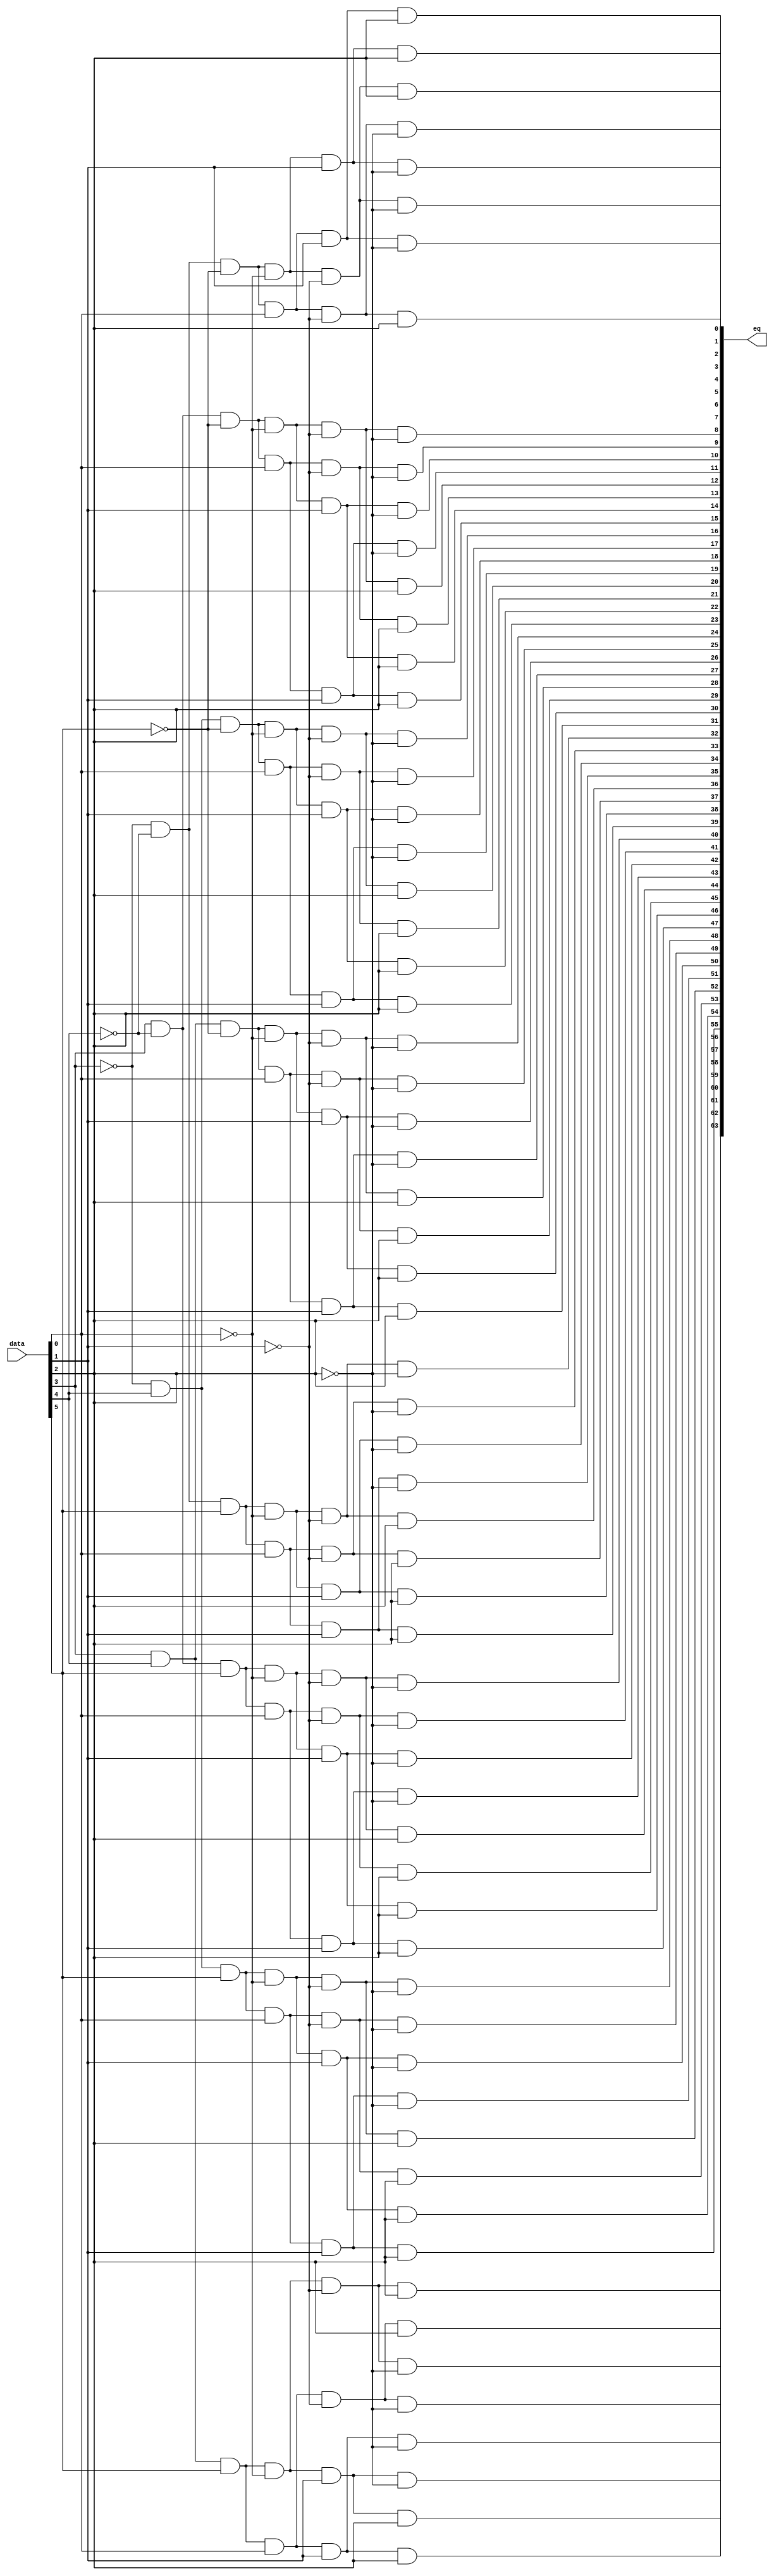
module  alt_mem_ddrx_ecc_decoder_32_decode
	(
	data,
	eq) /* synthesis synthesis_clearbox=1 */;
	input   [5:0]  data;
	output   [63:0]  eq;
`ifndef ALTERA_RESERVED_QIS
// synopsys translate_off
`endif
	tri0   [5:0]  data;
`ifndef ALTERA_RESERVED_QIS
// synopsys translate_on
`endif
	wire  [5:0]  data_wire;
	wire  [63:0]  eq_node;
	wire  [63:0]  eq_wire;
	wire  [3:0]  w_anode1000w;
	wire  [3:0]  w_anode1010w;
	wire  [3:0]  w_anode1020w;
	wire  [3:0]  w_anode1030w;
	wire  [3:0]  w_anode1041w;
	wire  [3:0]  w_anode1053w;
	wire  [3:0]  w_anode1064w;
	wire  [3:0]  w_anode1074w;
	wire  [3:0]  w_anode1084w;
	wire  [3:0]  w_anode1094w;
	wire  [3:0]  w_anode1104w;
	wire  [3:0]  w_anode1114w;
	wire  [3:0]  w_anode1124w;
	wire  [3:0]  w_anode1135w;
	wire  [3:0]  w_anode1147w;
	wire  [3:0]  w_anode1158w;
	wire  [3:0]  w_anode1168w;
	wire  [3:0]  w_anode1178w;
	wire  [3:0]  w_anode1188w;
	wire  [3:0]  w_anode1198w;
	wire  [3:0]  w_anode1208w;
	wire  [3:0]  w_anode1218w;
	wire  [3:0]  w_anode464w;
	wire  [3:0]  w_anode482w;
	wire  [3:0]  w_anode499w;
	wire  [3:0]  w_anode509w;
	wire  [3:0]  w_anode519w;
	wire  [3:0]  w_anode529w;
	wire  [3:0]  w_anode539w;
	wire  [3:0]  w_anode549w;
	wire  [3:0]  w_anode559w;
	wire  [3:0]  w_anode571w;
	wire  [3:0]  w_anode583w;
	wire  [3:0]  w_anode594w;
	wire  [3:0]  w_anode604w;
	wire  [3:0]  w_anode614w;
	wire  [3:0]  w_anode624w;
	wire  [3:0]  w_anode634w;
	wire  [3:0]  w_anode644w;
	wire  [3:0]  w_anode654w;
	wire  [3:0]  w_anode665w;
	wire  [3:0]  w_anode677w;
	wire  [3:0]  w_anode688w;
	wire  [3:0]  w_anode698w;
	wire  [3:0]  w_anode708w;
	wire  [3:0]  w_anode718w;
	wire  [3:0]  w_anode728w;
	wire  [3:0]  w_anode738w;
	wire  [3:0]  w_anode748w;
	wire  [3:0]  w_anode759w;
	wire  [3:0]  w_anode771w;
	wire  [3:0]  w_anode782w;
	wire  [3:0]  w_anode792w;
	wire  [3:0]  w_anode802w;
	wire  [3:0]  w_anode812w;
	wire  [3:0]  w_anode822w;
	wire  [3:0]  w_anode832w;
	wire  [3:0]  w_anode842w;
	wire  [3:0]  w_anode853w;
	wire  [3:0]  w_anode865w;
	wire  [3:0]  w_anode876w;
	wire  [3:0]  w_anode886w;
	wire  [3:0]  w_anode896w;
	wire  [3:0]  w_anode906w;
	wire  [3:0]  w_anode916w;
	wire  [3:0]  w_anode926w;
	wire  [3:0]  w_anode936w;
	wire  [3:0]  w_anode947w;
	wire  [3:0]  w_anode959w;
	wire  [3:0]  w_anode970w;
	wire  [3:0]  w_anode980w;
	wire  [3:0]  w_anode990w;
	wire  [2:0]  w_data462w;
	assign
		data_wire = data,
		eq = eq_node,
		eq_node = eq_wire[63:0],
		eq_wire = {{w_anode1218w[3], w_anode1208w[3], w_anode1198w[3], w_anode1188w[3], w_anode1178w[3], w_anode1168w[3], w_anode1158w[3], w_anode1147w[3]}, {w_anode1124w[3], w_anode1114w[3], w_anode1104w[3], w_anode1094w[3], w_anode1084w[3], w_anode1074w[3], w_anode1064w[3], w_anode1053w[3]}, {w_anode1030w[3], w_anode1020w[3], w_anode1010w[3], w_anode1000w[3], w_anode990w[3], w_anode980w[3], w_anode970w[3], w_anode959w[3]}, {w_anode936w[3], w_anode926w[3], w_anode916w[3], w_anode906w[3], w_anode896w[3], w_anode886w[3], w_anode876w[3], w_anode865w[3]}, {w_anode842w[3], w_anode832w[3], w_anode822w[3], w_anode812w[3], w_anode802w[3], w_anode792w[3], w_anode782w[3], w_anode771w[3]}, {w_anode748w[3], w_anode738w[3], w_anode728w[3], w_anode718w[3], w_anode708w[3], w_anode698w[3], w_anode688w[3], w_anode677w[3]}, {w_anode654w[3], w_anode644w[3], w_anode634w[3], w_anode624w[3], w_anode614w[3], w_anode604w[3], w_anode594w[3], w_anode583w[3]}, {w_anode559w[3], w_anode549w[3], w_anode539w[3], w_anode529w[3], w_anode519w[3], w_anode509w[3], w_anode499w[3], w_anode482w[3]}},
		w_anode1000w = {(w_anode1000w[2] & w_data462w[2]), (w_anode1000w[1] & (~ w_data462w[1])), (w_anode1000w[0] & (~ w_data462w[0])), w_anode947w[3]},
		w_anode1010w = {(w_anode1010w[2] & w_data462w[2]), (w_anode1010w[1] & (~ w_data462w[1])), (w_anode1010w[0] & w_data462w[0]), w_anode947w[3]},
		w_anode1020w = {(w_anode1020w[2] & w_data462w[2]), (w_anode1020w[1] & w_data462w[1]), (w_anode1020w[0] & (~ w_data462w[0])), w_anode947w[3]},
		w_anode1030w = {(w_anode1030w[2] & w_data462w[2]), (w_anode1030w[1] & w_data462w[1]), (w_anode1030w[0] & w_data462w[0]), w_anode947w[3]},
		w_anode1041w = {(w_anode1041w[2] & data_wire[5]), (w_anode1041w[1] & data_wire[4]), (w_anode1041w[0] & (~ data_wire[3])), 1'b1},
		w_anode1053w = {(w_anode1053w[2] & (~ w_data462w[2])), (w_anode1053w[1] & (~ w_data462w[1])), (w_anode1053w[0] & (~ w_data462w[0])), w_anode1041w[3]},
		w_anode1064w = {(w_anode1064w[2] & (~ w_data462w[2])), (w_anode1064w[1] & (~ w_data462w[1])), (w_anode1064w[0] & w_data462w[0]), w_anode1041w[3]},
		w_anode1074w = {(w_anode1074w[2] & (~ w_data462w[2])), (w_anode1074w[1] & w_data462w[1]), (w_anode1074w[0] & (~ w_data462w[0])), w_anode1041w[3]},
		w_anode1084w = {(w_anode1084w[2] & (~ w_data462w[2])), (w_anode1084w[1] & w_data462w[1]), (w_anode1084w[0] & w_data462w[0]), w_anode1041w[3]},
		w_anode1094w = {(w_anode1094w[2] & w_data462w[2]), (w_anode1094w[1] & (~ w_data462w[1])), (w_anode1094w[0] & (~ w_data462w[0])), w_anode1041w[3]},
		w_anode1104w = {(w_anode1104w[2] & w_data462w[2]), (w_anode1104w[1] & (~ w_data462w[1])), (w_anode1104w[0] & w_data462w[0]), w_anode1041w[3]},
		w_anode1114w = {(w_anode1114w[2] & w_data462w[2]), (w_anode1114w[1] & w_data462w[1]), (w_anode1114w[0] & (~ w_data462w[0])), w_anode1041w[3]},
		w_anode1124w = {(w_anode1124w[2] & w_data462w[2]), (w_anode1124w[1] & w_data462w[1]), (w_anode1124w[0] & w_data462w[0]), w_anode1041w[3]},
		w_anode1135w = {(w_anode1135w[2] & data_wire[5]), (w_anode1135w[1] & data_wire[4]), (w_anode1135w[0] & data_wire[3]), 1'b1},
		w_anode1147w = {(w_anode1147w[2] & (~ w_data462w[2])), (w_anode1147w[1] & (~ w_data462w[1])), (w_anode1147w[0] & (~ w_data462w[0])), w_anode1135w[3]},
		w_anode1158w = {(w_anode1158w[2] & (~ w_data462w[2])), (w_anode1158w[1] & (~ w_data462w[1])), (w_anode1158w[0] & w_data462w[0]), w_anode1135w[3]},
		w_anode1168w = {(w_anode1168w[2] & (~ w_data462w[2])), (w_anode1168w[1] & w_data462w[1]), (w_anode1168w[0] & (~ w_data462w[0])), w_anode1135w[3]},
		w_anode1178w = {(w_anode1178w[2] & (~ w_data462w[2])), (w_anode1178w[1] & w_data462w[1]), (w_anode1178w[0] & w_data462w[0]), w_anode1135w[3]},
		w_anode1188w = {(w_anode1188w[2] & w_data462w[2]), (w_anode1188w[1] & (~ w_data462w[1])), (w_anode1188w[0] & (~ w_data462w[0])), w_anode1135w[3]},
		w_anode1198w = {(w_anode1198w[2] & w_data462w[2]), (w_anode1198w[1] & (~ w_data462w[1])), (w_anode1198w[0] & w_data462w[0]), w_anode1135w[3]},
		w_anode1208w = {(w_anode1208w[2] & w_data462w[2]), (w_anode1208w[1] & w_data462w[1]), (w_anode1208w[0] & (~ w_data462w[0])), w_anode1135w[3]},
		w_anode1218w = {(w_anode1218w[2] & w_data462w[2]), (w_anode1218w[1] & w_data462w[1]), (w_anode1218w[0] & w_data462w[0]), w_anode1135w[3]},
		w_anode464w = {(w_anode464w[2] & (~ data_wire[5])), (w_anode464w[1] & (~ data_wire[4])), (w_anode464w[0] & (~ data_wire[3])), 1'b1},
		w_anode482w = {(w_anode482w[2] & (~ w_data462w[2])), (w_anode482w[1] & (~ w_data462w[1])), (w_anode482w[0] & (~ w_data462w[0])), w_anode464w[3]},
		w_anode499w = {(w_anode499w[2] & (~ w_data462w[2])), (w_anode499w[1] & (~ w_data462w[1])), (w_anode499w[0] & w_data462w[0]), w_anode464w[3]},
		w_anode509w = {(w_anode509w[2] & (~ w_data462w[2])), (w_anode509w[1] & w_data462w[1]), (w_anode509w[0] & (~ w_data462w[0])), w_anode464w[3]},
		w_anode519w = {(w_anode519w[2] & (~ w_data462w[2])), (w_anode519w[1] & w_data462w[1]), (w_anode519w[0] & w_data462w[0]), w_anode464w[3]},
		w_anode529w = {(w_anode529w[2] & w_data462w[2]), (w_anode529w[1] & (~ w_data462w[1])), (w_anode529w[0] & (~ w_data462w[0])), w_anode464w[3]},
		w_anode539w = {(w_anode539w[2] & w_data462w[2]), (w_anode539w[1] & (~ w_data462w[1])), (w_anode539w[0] & w_data462w[0]), w_anode464w[3]},
		w_anode549w = {(w_anode549w[2] & w_data462w[2]), (w_anode549w[1] & w_data462w[1]), (w_anode549w[0] & (~ w_data462w[0])), w_anode464w[3]},
		w_anode559w = {(w_anode559w[2] & w_data462w[2]), (w_anode559w[1] & w_data462w[1]), (w_anode559w[0] & w_data462w[0]), w_anode464w[3]},
		w_anode571w = {(w_anode571w[2] & (~ data_wire[5])), (w_anode571w[1] & (~ data_wire[4])), (w_anode571w[0] & data_wire[3]), 1'b1},
		w_anode583w = {(w_anode583w[2] & (~ w_data462w[2])), (w_anode583w[1] & (~ w_data462w[1])), (w_anode583w[0] & (~ w_data462w[0])), w_anode571w[3]},
		w_anode594w = {(w_anode594w[2] & (~ w_data462w[2])), (w_anode594w[1] & (~ w_data462w[1])), (w_anode594w[0] & w_data462w[0]), w_anode571w[3]},
		w_anode604w = {(w_anode604w[2] & (~ w_data462w[2])), (w_anode604w[1] & w_data462w[1]), (w_anode604w[0] & (~ w_data462w[0])), w_anode571w[3]},
		w_anode614w = {(w_anode614w[2] & (~ w_data462w[2])), (w_anode614w[1] & w_data462w[1]), (w_anode614w[0] & w_data462w[0]), w_anode571w[3]},
		w_anode624w = {(w_anode624w[2] & w_data462w[2]), (w_anode624w[1] & (~ w_data462w[1])), (w_anode624w[0] & (~ w_data462w[0])), w_anode571w[3]},
		w_anode634w = {(w_anode634w[2] & w_data462w[2]), (w_anode634w[1] & (~ w_data462w[1])), (w_anode634w[0] & w_data462w[0]), w_anode571w[3]},
		w_anode644w = {(w_anode644w[2] & w_data462w[2]), (w_anode644w[1] & w_data462w[1]), (w_anode644w[0] & (~ w_data462w[0])), w_anode571w[3]},
		w_anode654w = {(w_anode654w[2] & w_data462w[2]), (w_anode654w[1] & w_data462w[1]), (w_anode654w[0] & w_data462w[0]), w_anode571w[3]},
		w_anode665w = {(w_anode665w[2] & (~ data_wire[5])), (w_anode665w[1] & data_wire[4]), (w_anode665w[0] & (~ data_wire[3])), 1'b1},
		w_anode677w = {(w_anode677w[2] & (~ w_data462w[2])), (w_anode677w[1] & (~ w_data462w[1])), (w_anode677w[0] & (~ w_data462w[0])), w_anode665w[3]},
		w_anode688w = {(w_anode688w[2] & (~ w_data462w[2])), (w_anode688w[1] & (~ w_data462w[1])), (w_anode688w[0] & w_data462w[0]), w_anode665w[3]},
		w_anode698w = {(w_anode698w[2] & (~ w_data462w[2])), (w_anode698w[1] & w_data462w[1]), (w_anode698w[0] & (~ w_data462w[0])), w_anode665w[3]},
		w_anode708w = {(w_anode708w[2] & (~ w_data462w[2])), (w_anode708w[1] & w_data462w[1]), (w_anode708w[0] & w_data462w[0]), w_anode665w[3]},
		w_anode718w = {(w_anode718w[2] & w_data462w[2]), (w_anode718w[1] & (~ w_data462w[1])), (w_anode718w[0] & (~ w_data462w[0])), w_anode665w[3]},
		w_anode728w = {(w_anode728w[2] & w_data462w[2]), (w_anode728w[1] & (~ w_data462w[1])), (w_anode728w[0] & w_data462w[0]), w_anode665w[3]},
		w_anode738w = {(w_anode738w[2] & w_data462w[2]), (w_anode738w[1] & w_data462w[1]), (w_anode738w[0] & (~ w_data462w[0])), w_anode665w[3]},
		w_anode748w = {(w_anode748w[2] & w_data462w[2]), (w_anode748w[1] & w_data462w[1]), (w_anode748w[0] & w_data462w[0]), w_anode665w[3]},
		w_anode759w = {(w_anode759w[2] & (~ data_wire[5])), (w_anode759w[1] & data_wire[4]), (w_anode759w[0] & data_wire[3]), 1'b1},
		w_anode771w = {(w_anode771w[2] & (~ w_data462w[2])), (w_anode771w[1] & (~ w_data462w[1])), (w_anode771w[0] & (~ w_data462w[0])), w_anode759w[3]},
		w_anode782w = {(w_anode782w[2] & (~ w_data462w[2])), (w_anode782w[1] & (~ w_data462w[1])), (w_anode782w[0] & w_data462w[0]), w_anode759w[3]},
		w_anode792w = {(w_anode792w[2] & (~ w_data462w[2])), (w_anode792w[1] & w_data462w[1]), (w_anode792w[0] & (~ w_data462w[0])), w_anode759w[3]},
		w_anode802w = {(w_anode802w[2] & (~ w_data462w[2])), (w_anode802w[1] & w_data462w[1]), (w_anode802w[0] & w_data462w[0]), w_anode759w[3]},
		w_anode812w = {(w_anode812w[2] & w_data462w[2]), (w_anode812w[1] & (~ w_data462w[1])), (w_anode812w[0] & (~ w_data462w[0])), w_anode759w[3]},
		w_anode822w = {(w_anode822w[2] & w_data462w[2]), (w_anode822w[1] & (~ w_data462w[1])), (w_anode822w[0] & w_data462w[0]), w_anode759w[3]},
		w_anode832w = {(w_anode832w[2] & w_data462w[2]), (w_anode832w[1] & w_data462w[1]), (w_anode832w[0] & (~ w_data462w[0])), w_anode759w[3]},
		w_anode842w = {(w_anode842w[2] & w_data462w[2]), (w_anode842w[1] & w_data462w[1]), (w_anode842w[0] & w_data462w[0]), w_anode759w[3]},
		w_anode853w = {(w_anode853w[2] & data_wire[5]), (w_anode853w[1] & (~ data_wire[4])), (w_anode853w[0] & (~ data_wire[3])), 1'b1},
		w_anode865w = {(w_anode865w[2] & (~ w_data462w[2])), (w_anode865w[1] & (~ w_data462w[1])), (w_anode865w[0] & (~ w_data462w[0])), w_anode853w[3]},
		w_anode876w = {(w_anode876w[2] & (~ w_data462w[2])), (w_anode876w[1] & (~ w_data462w[1])), (w_anode876w[0] & w_data462w[0]), w_anode853w[3]},
		w_anode886w = {(w_anode886w[2] & (~ w_data462w[2])), (w_anode886w[1] & w_data462w[1]), (w_anode886w[0] & (~ w_data462w[0])), w_anode853w[3]},
		w_anode896w = {(w_anode896w[2] & (~ w_data462w[2])), (w_anode896w[1] & w_data462w[1]), (w_anode896w[0] & w_data462w[0]), w_anode853w[3]},
		w_anode906w = {(w_anode906w[2] & w_data462w[2]), (w_anode906w[1] & (~ w_data462w[1])), (w_anode906w[0] & (~ w_data462w[0])), w_anode853w[3]},
		w_anode916w = {(w_anode916w[2] & w_data462w[2]), (w_anode916w[1] & (~ w_data462w[1])), (w_anode916w[0] & w_data462w[0]), w_anode853w[3]},
		w_anode926w = {(w_anode926w[2] & w_data462w[2]), (w_anode926w[1] & w_data462w[1]), (w_anode926w[0] & (~ w_data462w[0])), w_anode853w[3]},
		w_anode936w = {(w_anode936w[2] & w_data462w[2]), (w_anode936w[1] & w_data462w[1]), (w_anode936w[0] & w_data462w[0]), w_anode853w[3]},
		w_anode947w = {(w_anode947w[2] & data_wire[5]), (w_anode947w[1] & (~ data_wire[4])), (w_anode947w[0] & data_wire[3]), 1'b1},
		w_anode959w = {(w_anode959w[2] & (~ w_data462w[2])), (w_anode959w[1] & (~ w_data462w[1])), (w_anode959w[0] & (~ w_data462w[0])), w_anode947w[3]},
		w_anode970w = {(w_anode970w[2] & (~ w_data462w[2])), (w_anode970w[1] & (~ w_data462w[1])), (w_anode970w[0] & w_data462w[0]), w_anode947w[3]},
		w_anode980w = {(w_anode980w[2] & (~ w_data462w[2])), (w_anode980w[1] & w_data462w[1]), (w_anode980w[0] & (~ w_data462w[0])), w_anode947w[3]},
		w_anode990w = {(w_anode990w[2] & (~ w_data462w[2])), (w_anode990w[1] & w_data462w[1]), (w_anode990w[0] & w_data462w[0]), w_anode947w[3]},
		w_data462w = data_wire[2:0];
endmodule